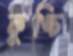
কুঙ্চি